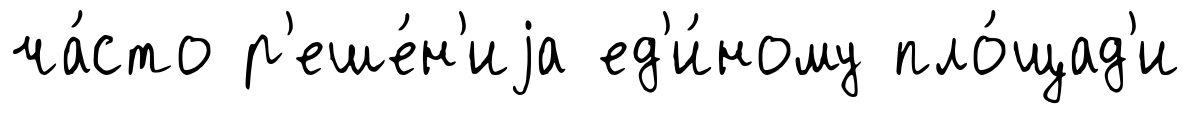
ча́сто р'еше́н'иjа ед'и́ному пло́щад'и